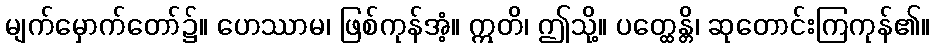
မျက်မှောက်တော်၌။ ဟေဿာမ၊ ဖြစ်ကုန်အံ့။ ဣတိ၊ ဤသို့။ ပတ္ထေန္တိ၊ ဆုတောင်းကြကုန်၏။